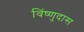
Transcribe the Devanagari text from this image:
विंष्णुदास